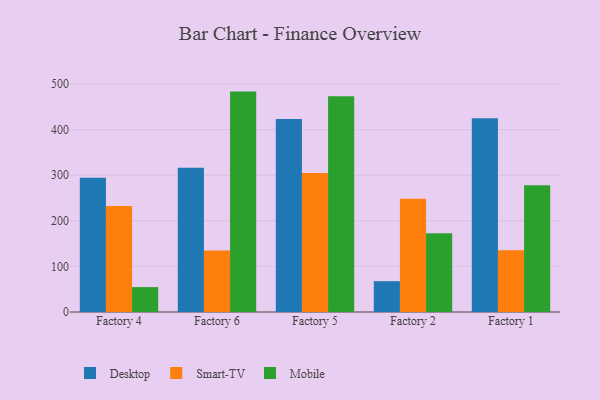
{"axis": {"x": "Factory", "y": "Conversion Rate (%)"}, "legend": ["Desktop", "Mobile", "Smart-TV"], "data": [{"x": "Factory 4", "y": 294.8, "type": "Desktop"}, {"x": "Factory 4", "y": 232.6, "type": "Smart-TV"}, {"x": "Factory 4", "y": 54.6, "type": "Mobile"}, {"x": "Factory 6", "y": 316.6, "type": "Desktop"}, {"x": "Factory 6", "y": 135.2, "type": "Smart-TV"}, {"x": "Factory 6", "y": 483.6, "type": "Mobile"}, {"x": "Factory 5", "y": 423.3, "type": "Desktop"}, {"x": "Factory 5", "y": 305.0, "type": "Smart-TV"}, {"x": "Factory 5", "y": 473.2, "type": "Mobile"}, {"x": "Factory 2", "y": 67.6, "type": "Desktop"}, {"x": "Factory 2", "y": 248.7, "type": "Smart-TV"}, {"x": "Factory 2", "y": 172.9, "type": "Mobile"}, {"x": "Factory 1", "y": 425.0, "type": "Desktop"}, {"x": "Factory 1", "y": 135.6, "type": "Smart-TV"}, {"x": "Factory 1", "y": 278.0, "type": "Mobile"}]}